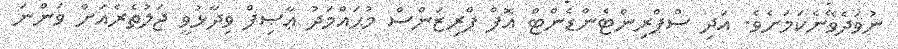
ނުވަދެވޭނެކަމަށެވެ. އަދި ސްޕްރިންޓެންޑެންޓް އޮފް ޕްރިޒަންސް މުޙައްމަދު ޢާޞިފް ވިދާޅުވީ ޖަލުތެރެއަށް ވަންނަ